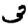
Digit: 3